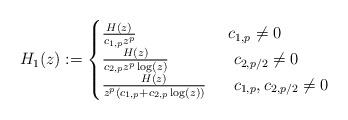
LaTeX: \begin{align*}H_1(z):= \begin{cases} \frac{ H(z)}{ c_{1,p} z^{p}} & \,\, c_{1,p} \neq0 \\ \frac{ H(z)}{ c_{2,p} z^{p} \log (z) } & \,\,\ c_{2,p/2}\neq 0\\ \frac{ H(z)}{ z^{p} (c_{1,p} +c_{2,p} \log (z) ) } & \,\,\ c_{1,p} , c_{2,p/2} \neq 0 \\ \end{cases}\end{align*}